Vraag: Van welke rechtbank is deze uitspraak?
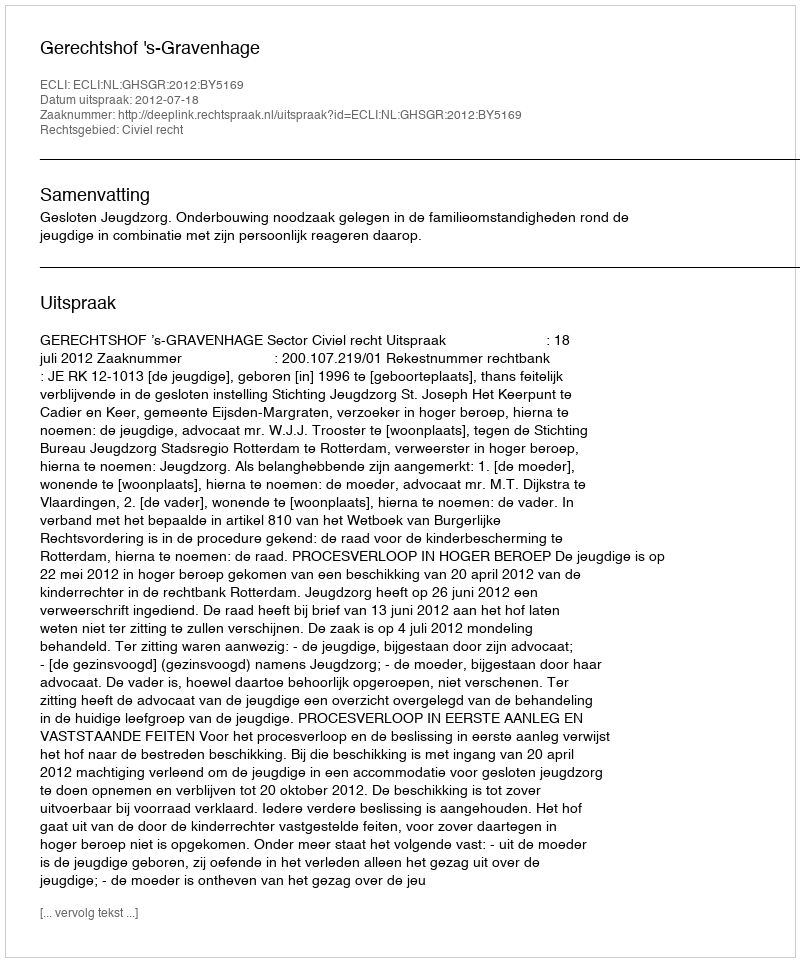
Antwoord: Gerechtshof 's-Gravenhage